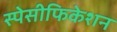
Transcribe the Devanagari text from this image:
स्पेसीफिकेशन